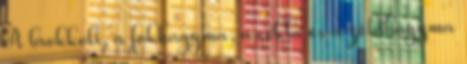
A brokkoli, a fokhagyma, a cékla és a zöldhagyma